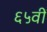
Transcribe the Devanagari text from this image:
६५वीं